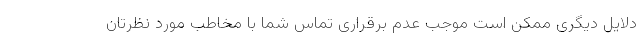
دلایل دیگری ممکن است موجب عدم برقراری تماس شما با مخاطب مورد نظرتان